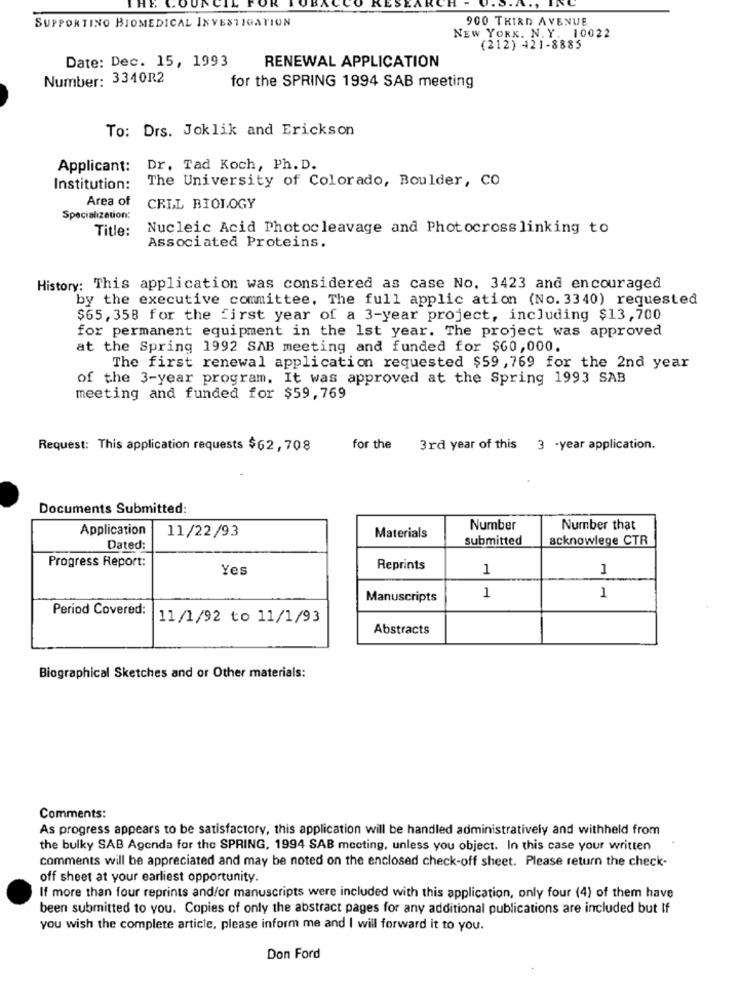
THE CO
NCIL
900 THIRD AVENUE
SUPPORTINO BIOMEDICAL INVESTIGATION
NEW YORK. N. Y. 10022
(212) 421-8885
Date: Dec. 15, 1993
RENEWAL APPLICATION
Number: 3340R2
for the SPRING 1994 SAB meeting
To: Drs. Joklik and Erickson
Applicant:
Dr. Tad Koch, Ph. D.
The University of Colorado, Boulder, CO
Institution:
Area of
CELL BIOLOGY
Specialization:
Title:
Nucleic Acid Photocleavage and Photocross linking to
Associated Proteins.
History: This application was considered as case No. 3423 and encouraged
by the executive committee, The full applic ation (No. 3340) requested
$65, 358 for the first year of a 3-year project, including $13,700
for permanent equipment in the 1st year. The project was approved
at the Spring 1992 SAB meeting and funded for $60,000.
The first renewal application requested $59,769 for the 2nd year
of the 3-year program. It was approved at the Spring 1993 SAB
meeting and funded for $59,769
Request: This application requests $62, 708
for the
3rd year of this 3 -year application.
Documents Submitted:
Application
11/22/93
Number
Number that
Materials
submitted
acknowlege CTR
Dated:
Progress Report:
Yes
Reprints
1
1
Manuscripts
1
1
Period Covered:
11/1/92 to 11/1/93
Abstracts
Biographical Sketches and or Other materials:
Comments:
As progress appears to be satisfactory, this application will be handled administratively and withheld from
the bulky SAB Agenda for the SPRING, 1994 SAB meeting, unless you object. In this case your written
comments will be appreciated and may be noted on the enclosed check-off sheet. Please return the check-
off sheet at your earliest opportunity.
If more than four reprints and/or manuscripts were included with this application, only four (4) of them have
been submitted to you. Copies of only the abstract pages for any additional publications are included but If
you wish the complete article, please inform me and I will forward it to you.
Don Ford